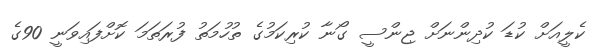
ކެލީއަށް ކުޑަ ކުދިންނަށް ޖިންސީ ގޯނާ ކުރިކަމުގެ ތުހުމަތު ފުރަތަމަ ކޮށްފައިވަނީ 90ގެ